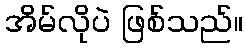
အိမ်လိုပဲ ဖြစ်သည်။